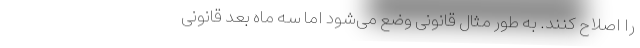
را اصلاح کنند. به طور مثال قانونی وضع می‌شود اما سه ماه بعد قانونی